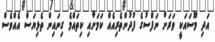
އަދި މޫސައަކީ ވަރަށް ނަފްސުގެ ފުދުންތެރިއެއް ކަމަށާއި ކިތައްމެ ގިނައިން ތެޅިޔަސް އެއްވެސް